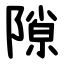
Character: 隙